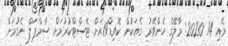
މެއި 14 2020: މާލޭގެ ހެންވޭރު ގެއަކުން ކޮވިޑް19އަށް ޓެސްޓްކުރުމަށް ސާމްޕަލް ނެގުމަށް